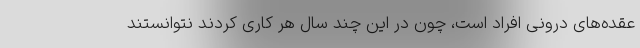
عقده‌های درونی افراد است، چون در این چند سال هر کاری کردند نتوانستند